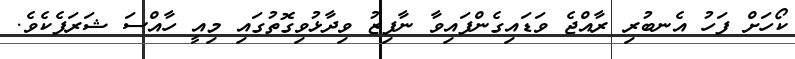
ކޯހަށް ފަހު އެނބުރި ރާއްޖެ ވަޑައިގެންފައިވާ ނާފިޒު ވިދާޅުވިގޮތުގައި މިއީ ހާއްސަ ޝަރަފެކެވެ.